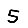
Digit: 5